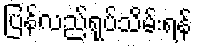
ပြန်လည်ရုပ်သိမ်းရန်